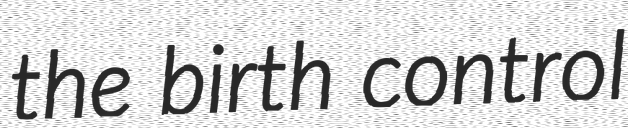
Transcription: the birth control